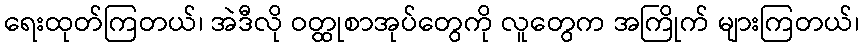
ရေးထုတ်ကြတယ်၊ အဲဒီလို ဝတ္ထုစာအုပ်တွေကို လူတွေက အကြိုက် များကြတယ်၊